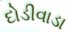
દોડીવાડા